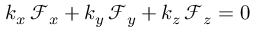
k _ { x } \, \mathcal { F } _ { x } + k _ { y } \, \mathcal { F } _ { y } + k _ { z } \, \mathcal { F } _ { z } = 0